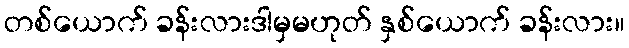
တစ်ယောက် ခန်းလားဒါမှမဟုတ် နှစ်ယောက် ခန်းလား။